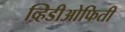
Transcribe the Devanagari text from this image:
व्हिडीओफिती